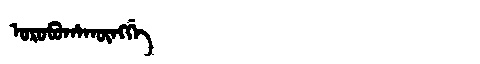
Manchu: ᠣᡵᠣᠪᡠᡥᠠᡴᡡᠩᡤᡝ
Romanization: OROBUHAKŪNGGE